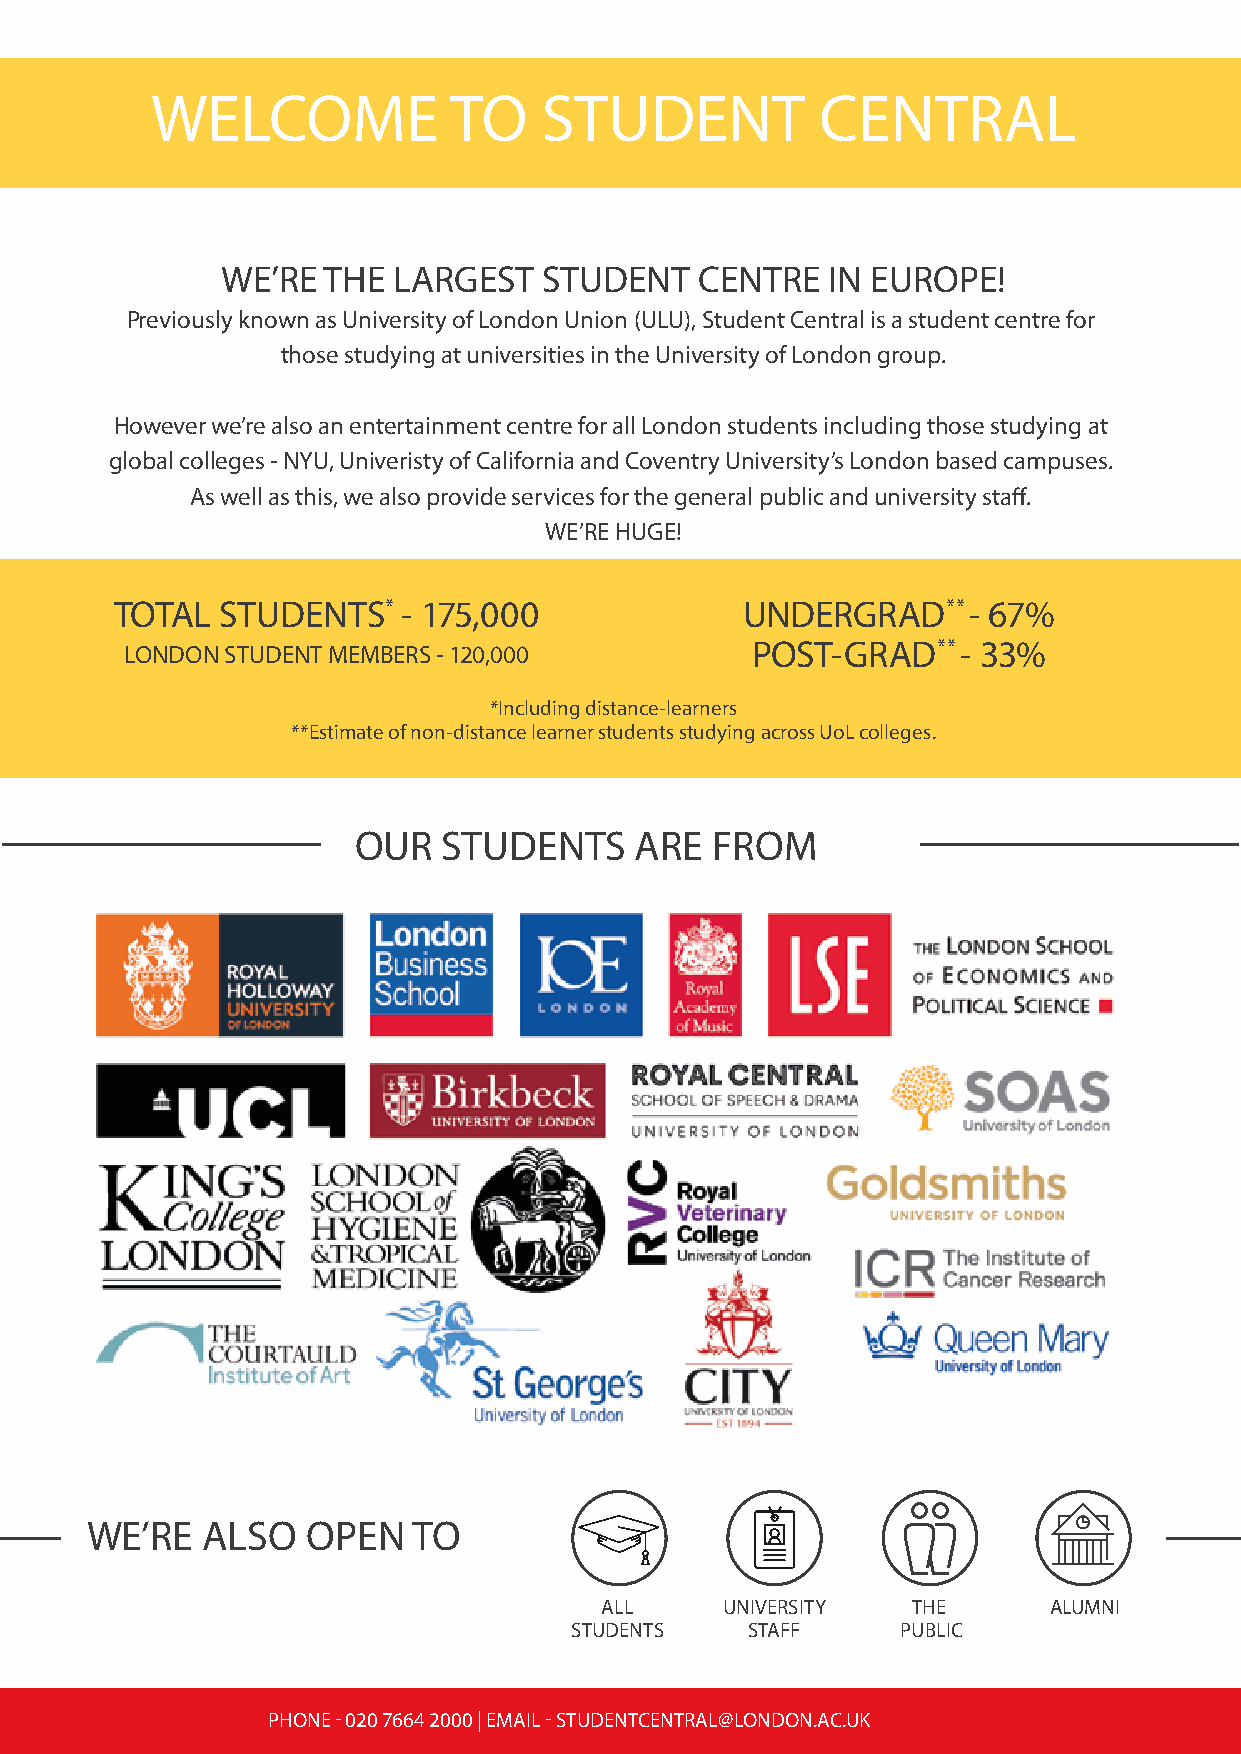
WELCOME             TO    STUDENT           CENTRAL
 WE’RE THE  LARGEST   STUDENT   CENTRE   IN EUROPE!
 Previously known as University of London Union (ULU), Student Central is a student centre for
 those studying at universities in the University of London group.
 However we’re also an entertainment centre for all London students including those studying at
 global colleges - NYU, Univeristy of California and Coventry University’s London based campuses.
 As well as this, we also provide services for the general public and university staff.
 WE’RE HUGE!
 TOTAL  STUDENTS*   - 175,000             UNDERGRAD**    - 67%
 LONDON STUDENT MEMBERS - 120,000          POST-GRAD**   - 33%
 *Including distance-learners
 **Estimate of non-distance learner students studying across UoL colleges.
 OUR   STUDENTS     ARE  FROM
 WE’RE  ALSO   OPEN   TO
 ALL     UNIVERSITY  THE      ALUMNI
 STUDENTS    STAFF     PUBLIC
 PHONE - 020 7664 2000 | EMAIL - STUDENTCENTRAL@LONDON.AC.UK